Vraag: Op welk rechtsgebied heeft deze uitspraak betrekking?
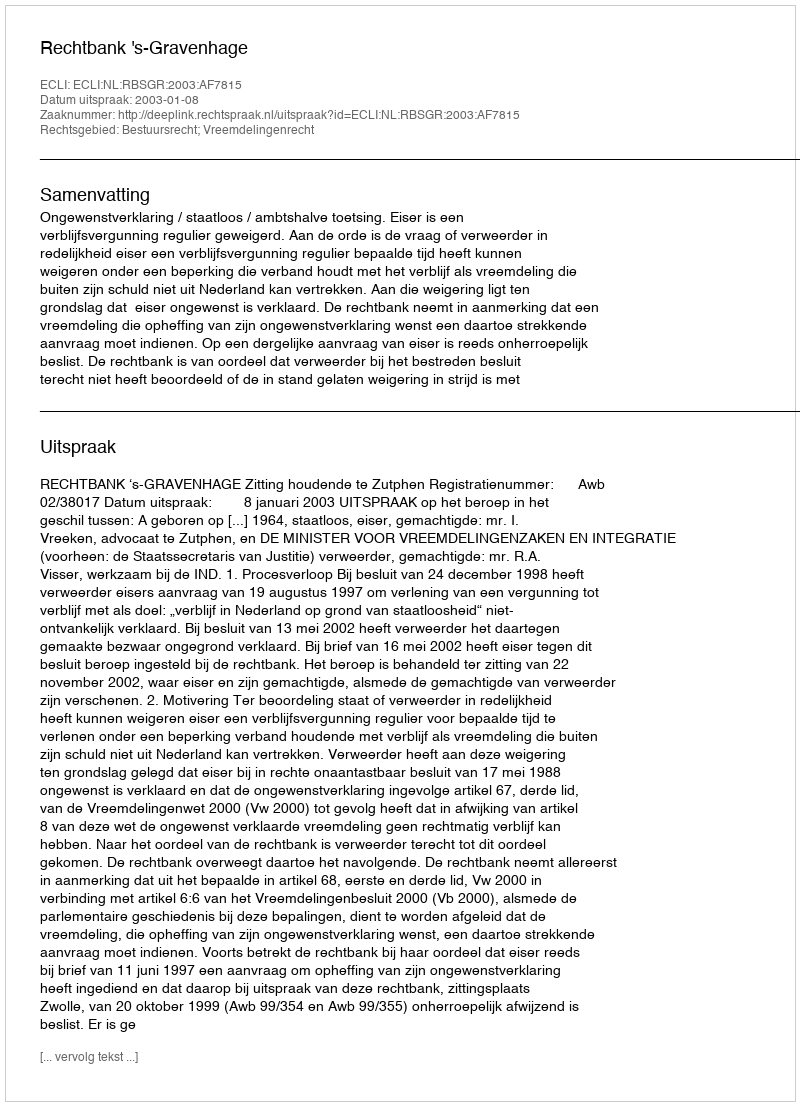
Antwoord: Bestuursrecht; Vreemdelingenrecht